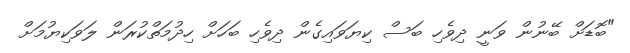
"ބޮޑަށް ބޭނުން ވަނީ ދިވެހި ބަސް ކިޔަވައިގެން ދިވެހި ބަހަށް ހިދުމަތްކުރަން ލަވަކިޔުމަށް